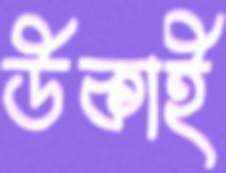
উকাই